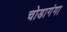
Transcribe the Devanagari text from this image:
चोडागंगा